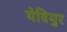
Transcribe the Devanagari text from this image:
येदियुर